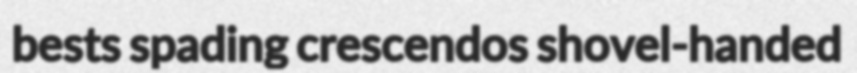
bests spading crescendos shovel-handed